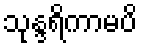
သုန္ဒရိကာမပိ